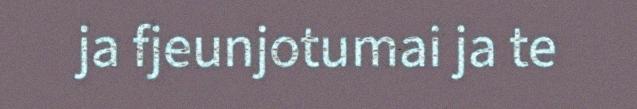
ja fjeunjotumai ja te